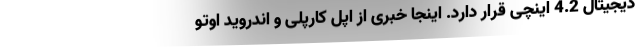
دیجیتال 4.2 اینچی قرار دارد. اینجا خبری از اپل کارپلی و اندروید اوتو